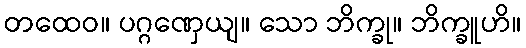
တထေဝ။ ပဂ္ဂဏှေယျ။ သော ဘိက္ခု။ ဘိက္ခူဟိ။